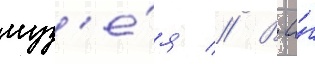
муз'е́я // В а́г